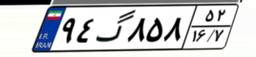
۹۴گ۸۵۸۵۲